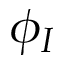
\phi _ { I }